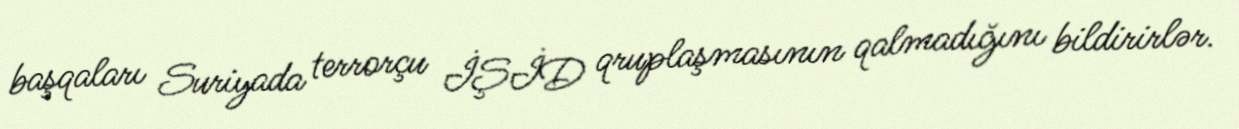
başqaları Suriyada terrorçu İŞİD qruplaşmasının qalmadığını bildirirlər.